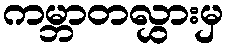
ကမ္ဘာတလွှားမှ